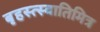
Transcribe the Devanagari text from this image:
बृहस्त्स्वातिमित्र